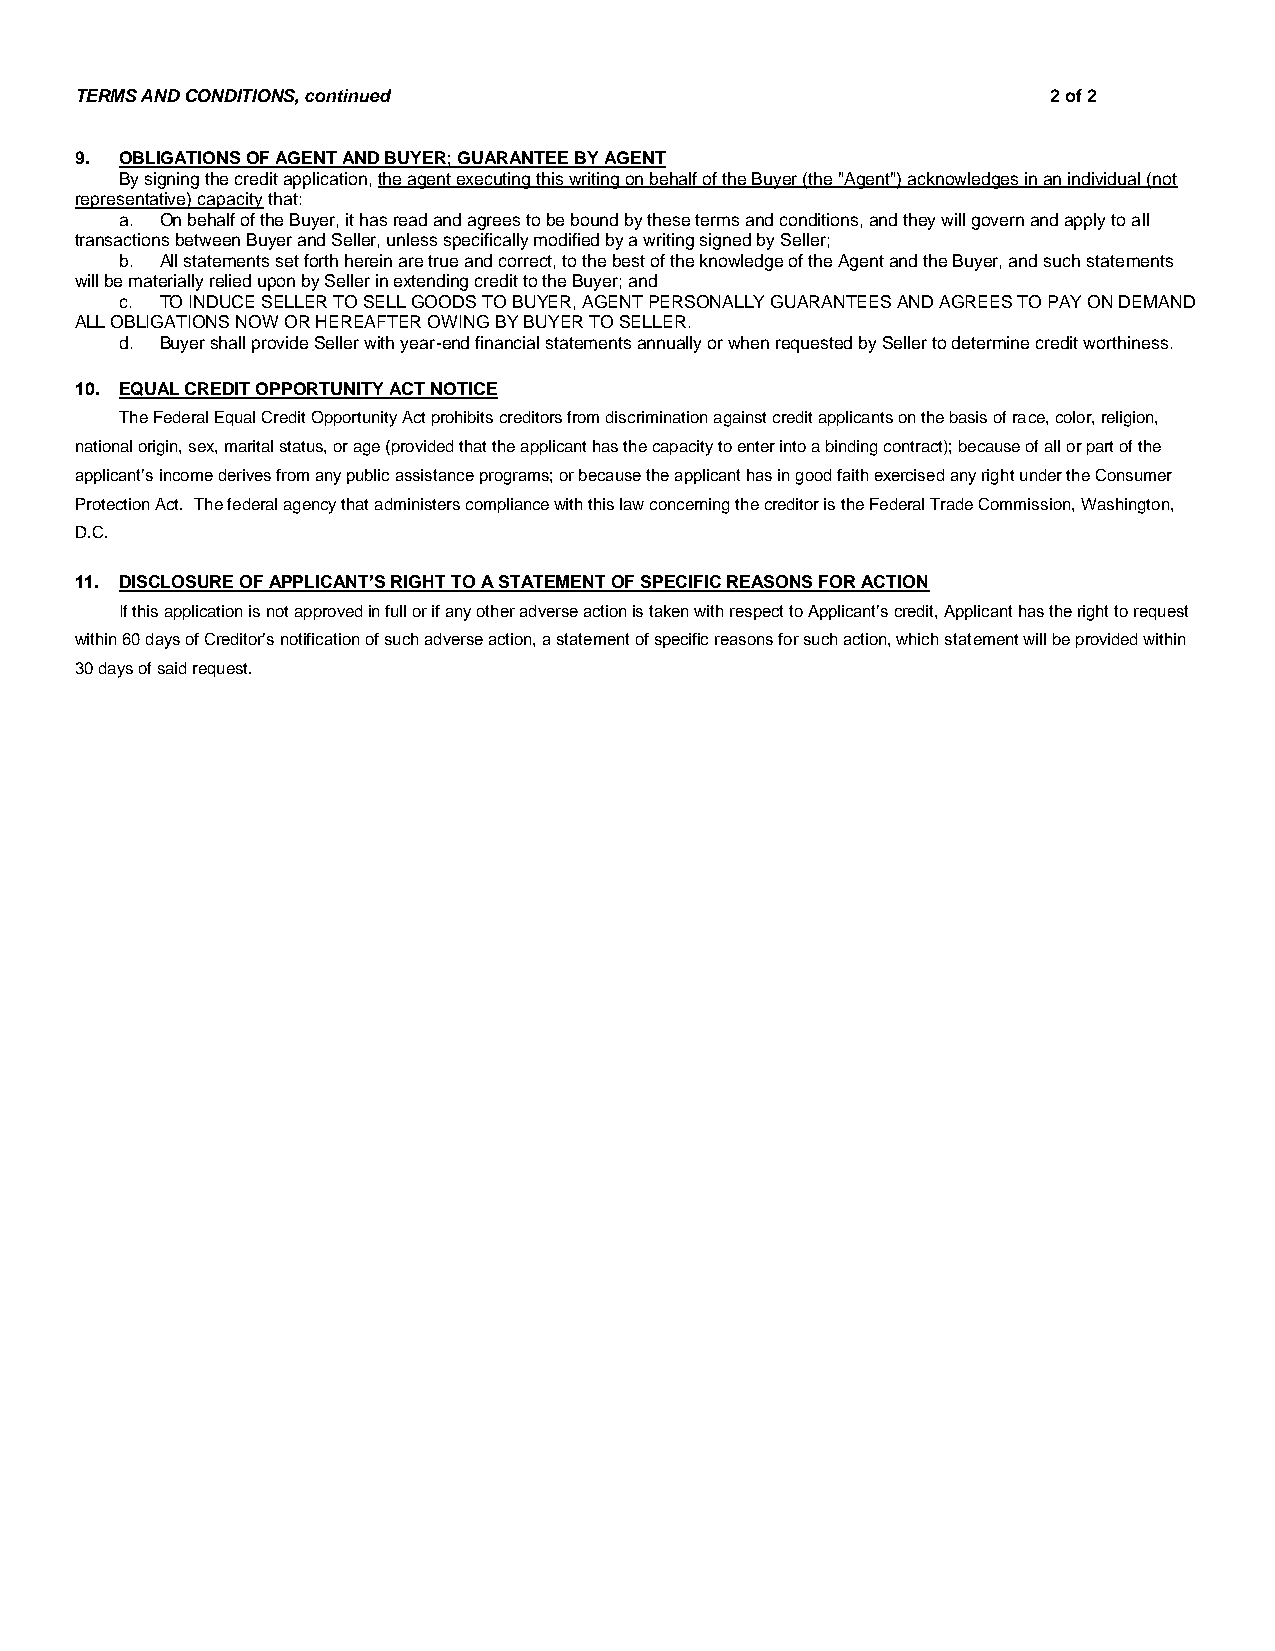
TERMS AND CONDITIONS, continued                                  2 of 2
 9. OBLIGATIONS OF AGENT AND BUYER; GUARANTEE BY AGENT
 By signing the credit application, the agent executing this writing on behalf of the Buyer (the "Agent") acknowledges in an individual (not
 representative) capacity that:
 a. On behalf of the Buyer, it has read and agrees to be bound by these terms and conditions, and they will govern and apply to all
 transactions between Buyer and Seller, unless specifically modified by a writing signed by Seller;
 b. All statements set forth herein are true and correct, to the best of the knowledge of the Agent and the Buyer, and such statements
 will be materially relied upon by Seller in extending credit to the Buyer; and
 c. TO INDUCE SELLER TO SELL GOODS TO BUYER, AGENT PERSONALLY GUARANTEES AND AGREES TO PAY ON DEMAND
 ALL OBLIGATIONS NOW OR HEREAFTER OWING BY BUYER TO SELLER.
 d. Buyer shall provide Seller with year-end financial statements annually or when requested by Seller to determine credit worthiness.
 10. EQUAL CREDIT OPPORTUNITY ACT NOTICE
 The Federal Equal Credit Opportunity Act prohibits creditors from discrimination against credit applicants on the basis of race, color, religion,
 national origin, sex, marital status, or age (provided that the applicant has the capacity to enter into a binding contract); because of all or part of the
 applicant’s income derives from any public assistance programs; or because the applicant has in good faith exercised any right under the Consumer
 Protection Act. The federal agency that administers compliance with this law concerning the creditor is the Federal Trade Commission, Washington,
 D.C.
 11. DISCLOSURE OF APPLICANT’S RIGHT TO A STATEMENT OF SPECIFIC REASONS FOR ACTION
 If this application is not approved in full or if any other adverse action is taken with respect to Applicant’s credit, Applicant has the right to request
 within 60 days of Creditor’s notification of such adverse action, a statement of specific reasons for such action, which statement will be provided within
 30 days of said request.